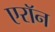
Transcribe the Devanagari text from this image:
एराॅन